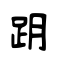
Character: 跀